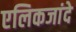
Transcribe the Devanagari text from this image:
एलिकजांदे